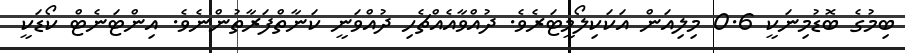
ބިމުގެ ބޮޑުމިނަކީ 0.6 މިލިއަން އަކަކިލޯމީޓަރެވެ. ދުއްވާއެއްޗެހި ދުއްވަނީ ކަނާތްފަރާތުންނެވެ. އިންޓަނެޓް ކޯޑަކީ